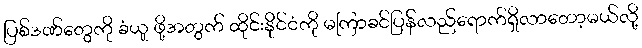
ပြစ်ဒဏ်တွေကို ခံယူ ဖို့အတွက် ထိုင်းနိုင်ငံကို မကြာခင်ပြန်လည်ရောက်ရှိလာတော့မယ်လို့